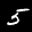
Label: 5